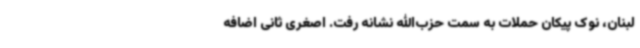
لبنان، نوک پیکان حملات به سمت حزب‌الله نشانه رفت. اصغری ثانی اضافه